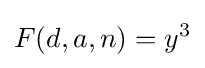
F(d,a,n)=y^{3}